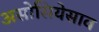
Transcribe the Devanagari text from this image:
असोसियेसाव